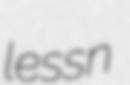
lessn